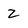
Character: 2